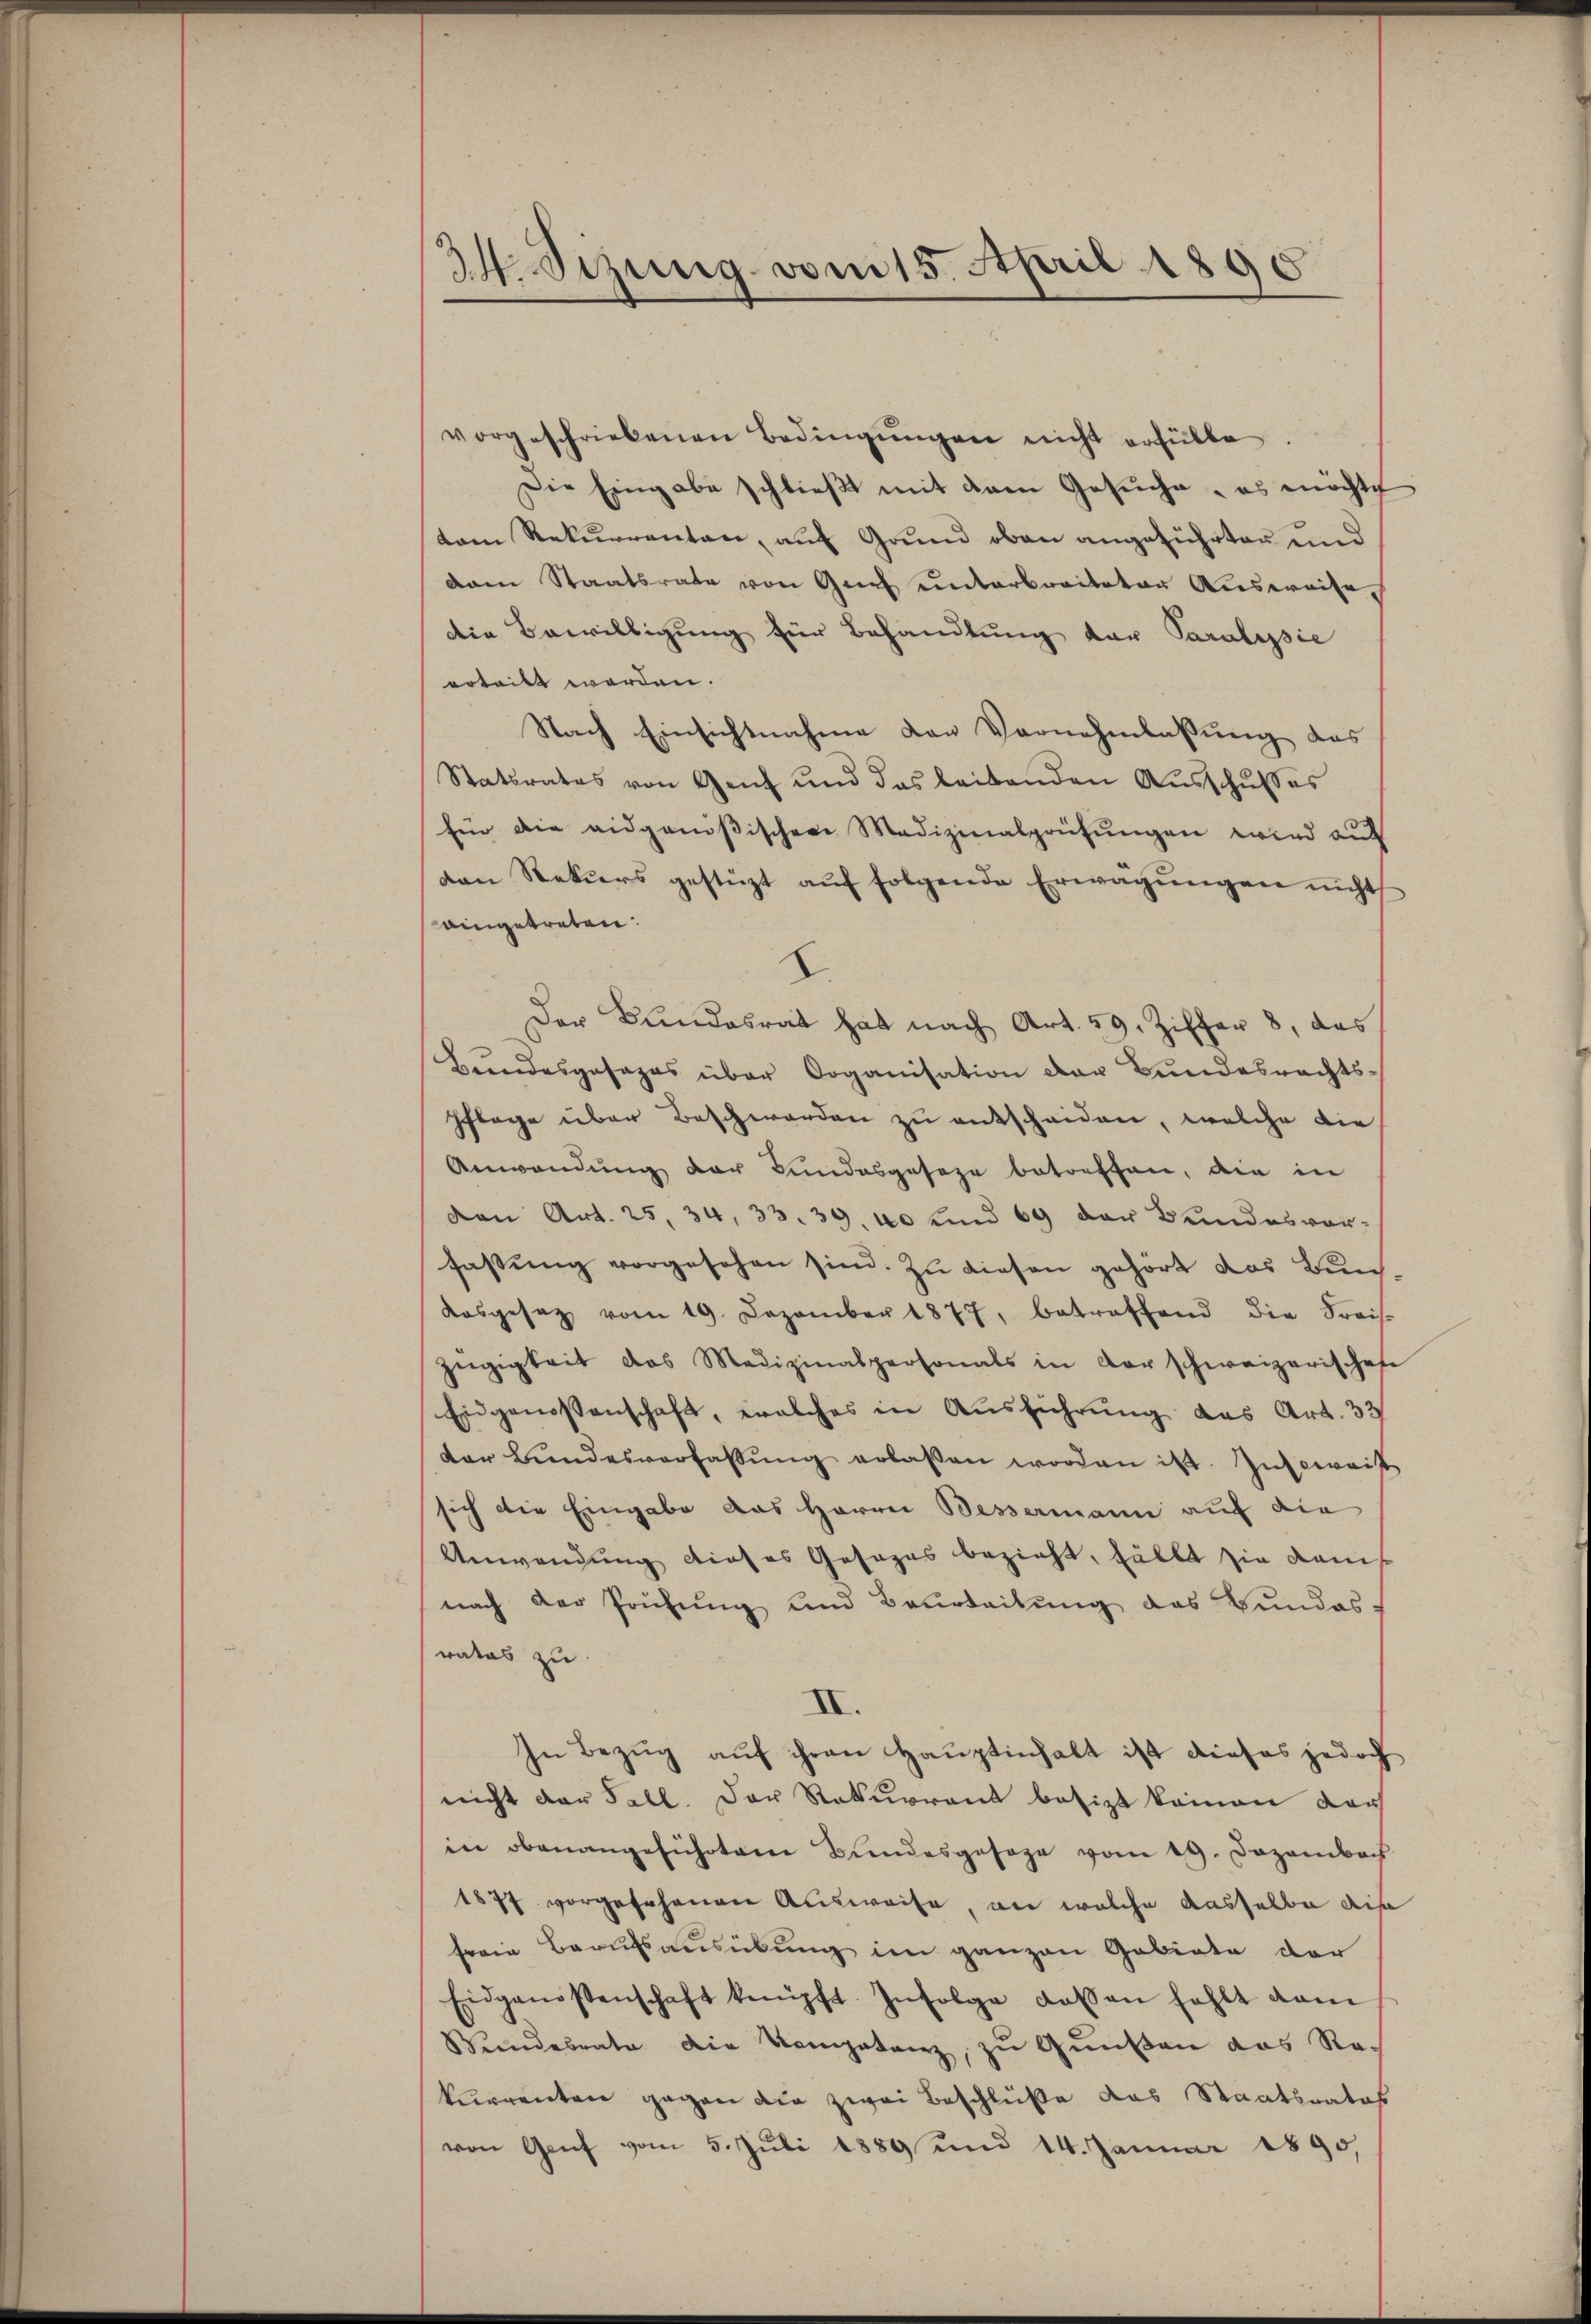
34. Sizung vom 15. April 1890.

vorgeschriebenen Bedingŭngen nicht erfülle.
Die Eingabe schlieβt mit dem Gesŭche - es möchte
dem Rekurrenten, auf Grund oben angeführten und
dam Staatsrate von Genf unterbreiteten Ausweise.
die Bewilligung für Behandlung der Paralysie
erteilt worden.
Nach Einsichtnahme von Vornehmlassung des
Statsrates von Genf und das leibenden Ausschusses
Ein die eidgenößischen Medizinalprüfŭngen wird auf
von Rekurs gestüzt auf folgende Erwägungen nicht
eingetreten.
E
Der Bundesrat hat nach Art. 59. Ziffer 8, das
Bundesgesages über Organisation der Bundesrechts-
Pflege über Beschwerden zu entscheiden, welche die
Anwendung der Bundesgeseze betreffen, die in
von Art. 25. 34, 33. 39. 40 und 69 der Bundesvor-
fassŭng vorgesehen sind. Zu diesen gehört das Bundosgesetz vom 19. Dezember 1877, betreffend die Kreis-
Zügigkeit das Medizinalpersonals in Vorschweizerischehe
Eidgenossenschaft, welches in Ausführung das Art. 33
der Bŭndesverfassŭng erlaßen worden ist. Insewais
sich die Eingabe das Herrn Bessermann auf die
Anwendung dieses Gesezes bezieht, fällt sie dans
nach der Prüfŭng und Beurteilŭng des Bundes-
ratas zu
II.
In Bezug auf ihren Hauptinhalt ist dieses jedoch
nicht der Fall. Der Rekurrent besizt keinen darf
in obenangeführten Bundesgesage vom 19. Dezember
1877 vorgesehenen Ausweise an welche dasselbe dis
freie Berufsausübung im ganzen Gebiete der
Eidgenossenschaft knüpft. Infolge dessen fehlt vom
Bŭndesrate die Kompetenz, zŭ Gŭnsten das Rekurrenten gegen die zwei Beschlüße das Staatsratas
von Genf vom 5. Juli 1889 und 14. Januar 1890,